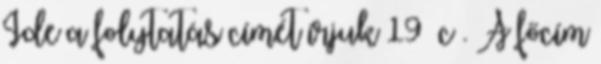
Ide a folytatás címét írjuk 19 c . A főcím